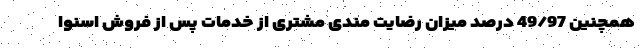
همچنین 49/97 درصد میزان رضایت مندی مشتری از خدمات پس از فروش اسنوا